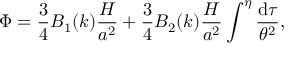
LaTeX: \Phi = \frac { 3 } { 4 } B _ { 1 } ( k ) \frac { { \cal H } } { a ^ { 2 } } + \frac { 3 } { 4 } B _ { 2 } ( k ) \frac { { \cal H } } { a ^ { 2 } } \int ^ { \eta } \frac { \mathrm { d } \tau } { \theta ^ { 2 } } ,